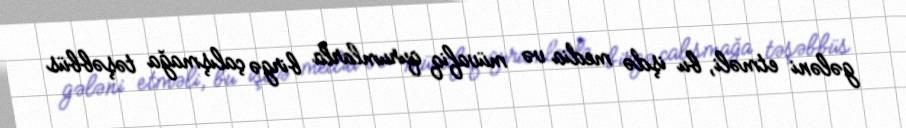
gələni etməli, bu işdə media və müvafiq qurumlarla birgə çalışmağa təşəbbüs